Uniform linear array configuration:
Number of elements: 4
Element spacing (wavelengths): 1
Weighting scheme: uniform
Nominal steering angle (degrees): -15
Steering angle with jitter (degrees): -13.271
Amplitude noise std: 0.05
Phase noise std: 0.05

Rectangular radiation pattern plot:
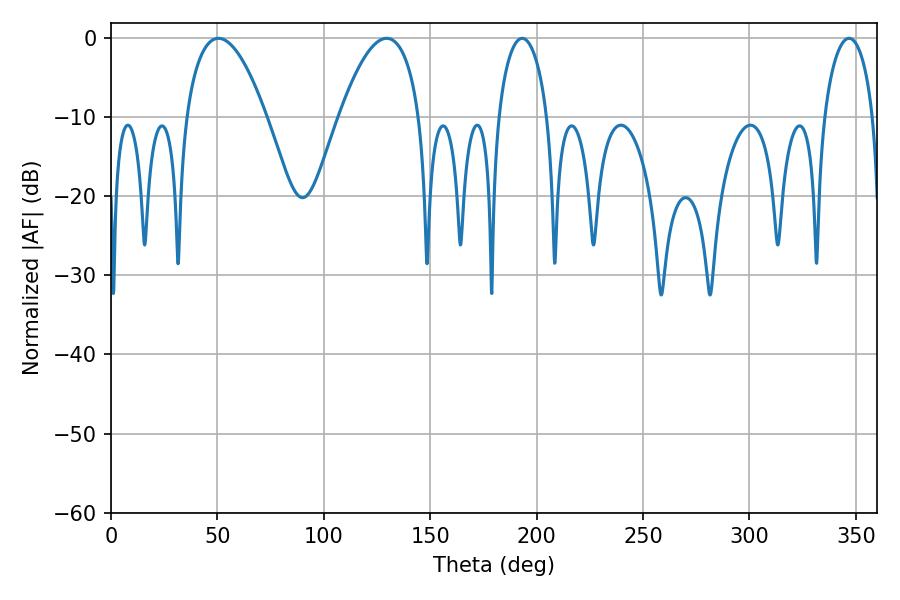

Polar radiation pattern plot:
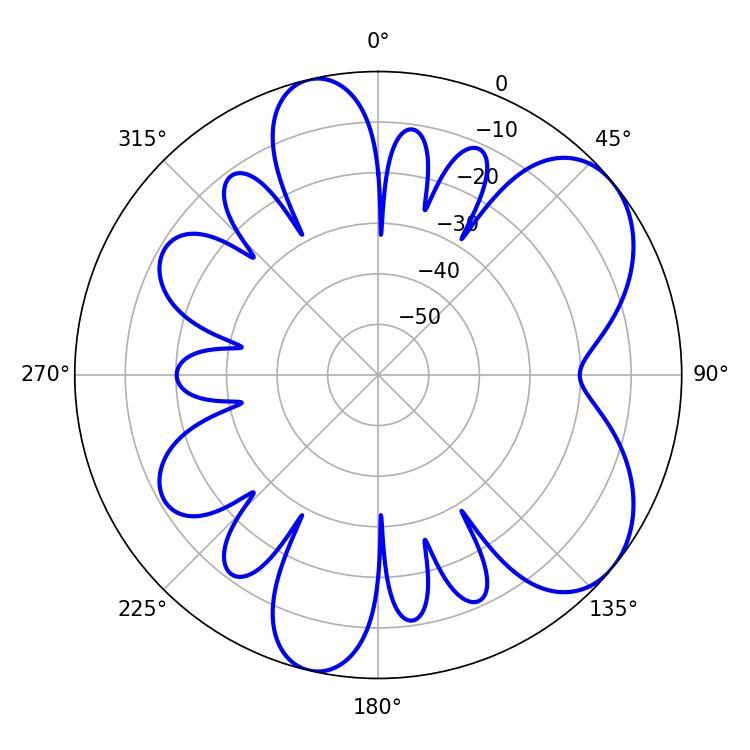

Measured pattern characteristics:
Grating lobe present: TRUE
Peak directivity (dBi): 6.356
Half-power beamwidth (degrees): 20.88
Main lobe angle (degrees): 50.58